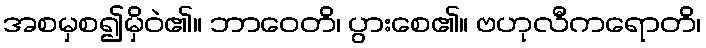
အစမှစ၍မှိဝဲ၏။ ဘာဝေတိ၊ ပွားစေ၏။ ဗဟုလီကရောတိ၊